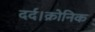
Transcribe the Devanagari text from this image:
दर्द।क्रोनिक